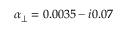
\alpha _ { \perp } = 0 . 0 0 3 5 - i 0 . 0 7